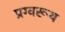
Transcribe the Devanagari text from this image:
प्रग्वरूथ